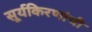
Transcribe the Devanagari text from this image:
सूर्यकिरणांची